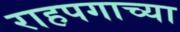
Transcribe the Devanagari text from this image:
राहपगाच्या